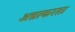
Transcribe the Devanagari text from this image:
अन्नाकरता